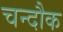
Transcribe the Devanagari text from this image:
चन्दौक